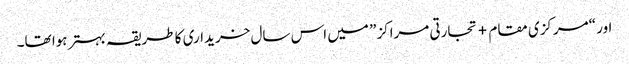
اور “مرکزی مقام + تجارتی مراکز” میں اس سال خریداری کا طریقہ بہتر ہوا تھا۔